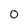
Character: 0